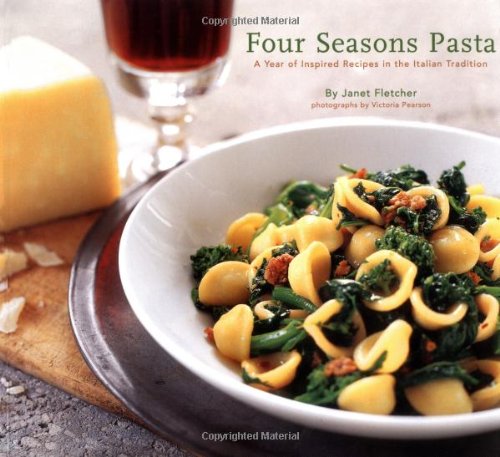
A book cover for Four Seasons Pasta: A Year of Inspired Recipes in the Italian Tradition; Janet Fletcher; Cookbooks, Food & Wine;